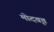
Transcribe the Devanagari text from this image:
मोदवृत्त